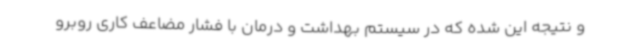
و نتیجه این شده که در سیستم بهداشت و درمان با فشار مضاعف کاری روبرو